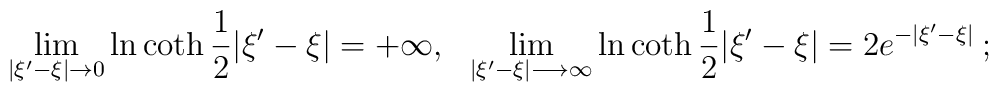
\lim_{|\xi '-\xi |\rightarrow 0}\ln \coth\frac{1}{2}|\xi '- \xi | = +\infty, \:\:\: \lim_{|\xi '-\xi |\longrightarrow \infty}\ln\coth\frac{1}{2}|\xi '- \xi | = 2e^{-|\xi ' -\xi |}\: ;